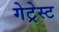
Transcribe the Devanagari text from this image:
गेट्रेस्ट